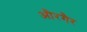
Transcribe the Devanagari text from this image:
औरगैर